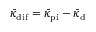
\bar { \kappa } _ { \mathrm { d i f } } = \bar { \kappa } _ { \mathrm { p i } } - \bar { \kappa } _ { \mathrm { d } }